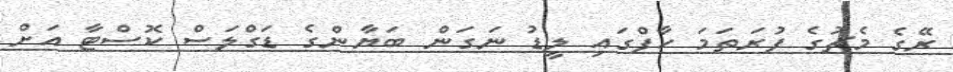
ރޭގެ މެޗުގެ ފުރަތަމަ ހާފްގައި ލީޑު ނަގަން ބަޔާންގެ ޑަގްލަސް ކޮސްޓާ އަށް